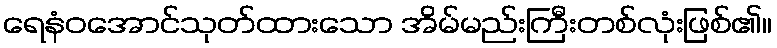
ရေနံဝအောင်သုတ်ထားသော အိမ်မည်းကြီးတစ်လုံးဖြစ်၏။